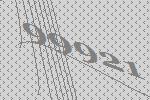
99921